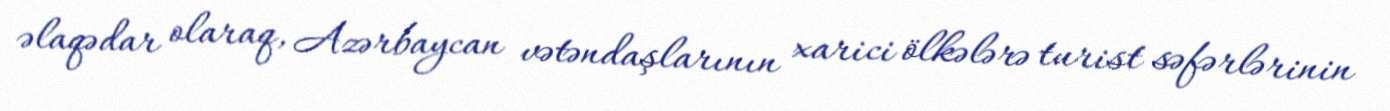
əlaqədar olaraq, Azərbaycan vətəndaşlarının xarici ölkələrə turist səfərlərinin